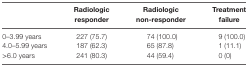
|  | Radiologic responder | Radiologic non-responder | Treatment failure |
 | --- | --- | --- | --- |
 | 0–3.99 years | 227 (75.7) | 74 (100.0) | 9 (100.0) |
 | 4.0–5.99 years | 187 (62.3) | 65 (87.8) | 1 (11.1) |
 | >6.0 years | 241 (80.3) | 44 (59.4) | 0 (0) |